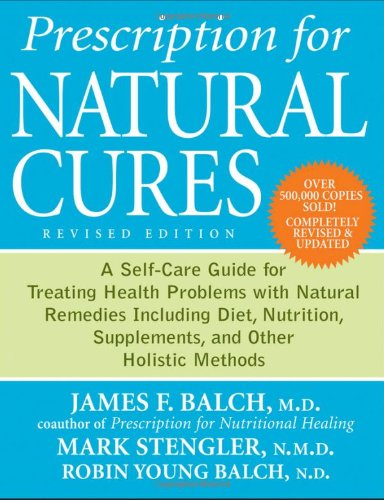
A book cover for Prescription for Natural Cures: A Self-Care Guide for Treating Health Problems with Natural Remedies Including Diet, Nutrition, Supplements, and Other Holistic Methods; James  F. Balch; Health, Fitness & Dieting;